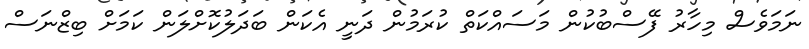
ނަމަވެސް މިހާރު ފޭސްބުކުން މަސައްކަތް ކުރަމުން ދަނީ އެކަން ބަދަލުކޮށްލަން ކަމަށް ބިޒްނަސް